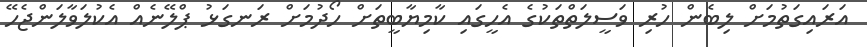
އަރައިގަތުމަށް ލިބެން ހުރި ވަސީލަތްތަކުގެ އެހީގައި ކާމިޔާބީތަށް ހޯދުމަށް ރަނގަޅު ޕްލޭނެއް އެކުލަވާލަންޖެހޭ